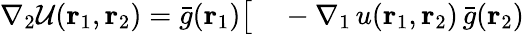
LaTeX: \begin{array}{rl}{\nabla_{2}\mathcal{U}({\mathbf{r}_{1}},{\mathbf{r}_{2}})=\bar{g}({\mathbf{r}_{1}})\big[}&{{}-\nabla_{1}\, u({\mathbf{r}_{1}},{\mathbf{r}_{2}})\, \bar{g}({\mathbf{r}_{2}})}\end{array}